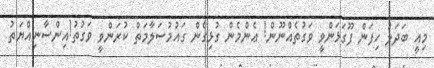
މިއީ ބަދަލު ހިފަން ފޫގަޅަންވީ ވަގުތެއްނޫން! ޢެންމެން ގުޅިގެން ގައުމުސަލާމަތް ކުރަންވީ ވަގުތު!އިންސާނިއްޔަތު